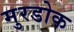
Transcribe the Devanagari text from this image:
मुरडोक